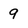
Character: 9